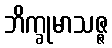
ဘိက္ခုမာသဇ္ဇ